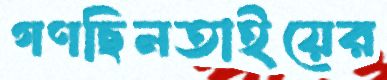
গণছিনতাইয়ের